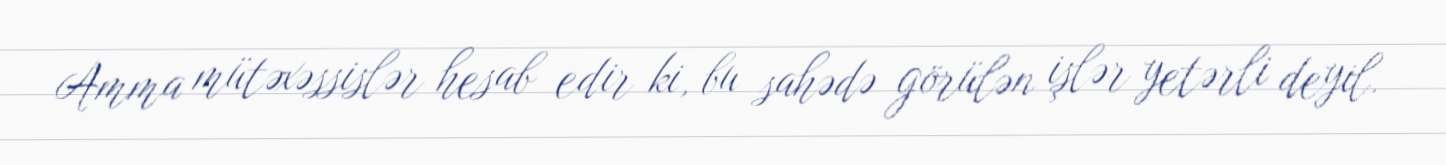
Amma mütəxəssislər hesab edir ki, bu sahədə görülən işlər yetərli deyil.